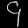
Digit: ၄